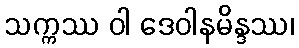
သက္ကဿ ဝါ ဒေဝါနမိန္ဒဿ၊